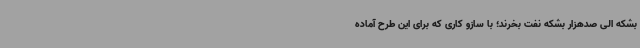
بشکه الی صدهزار بشکه نفت بخرند؛ با سازو کاری که برای این طرح آماده